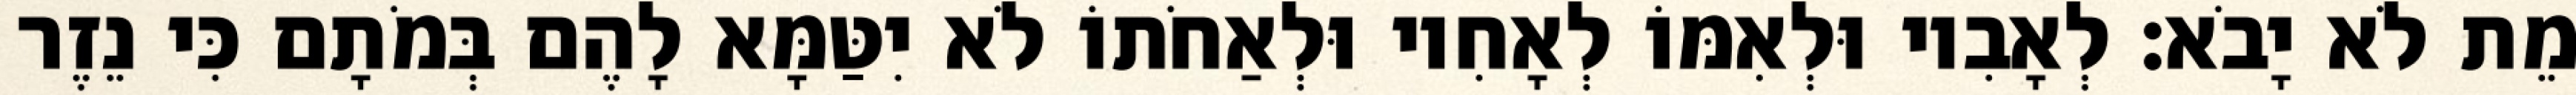
מֵת לֹא יָבֹא׃ לְאָבִיו וּלְאִמּוֹ לְאָחִיו וּלְאַחֹתוֹ לֹא יִטַּמָּא לָהֶם בְּמֹתָם כִּי נֵזֶר